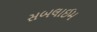
સબલાઈમ